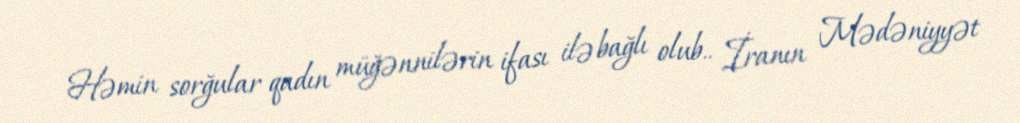
Həmin sorğular qadın müğənnilərin ifası ilə bağlı olub.. İranın Mədəniyyət